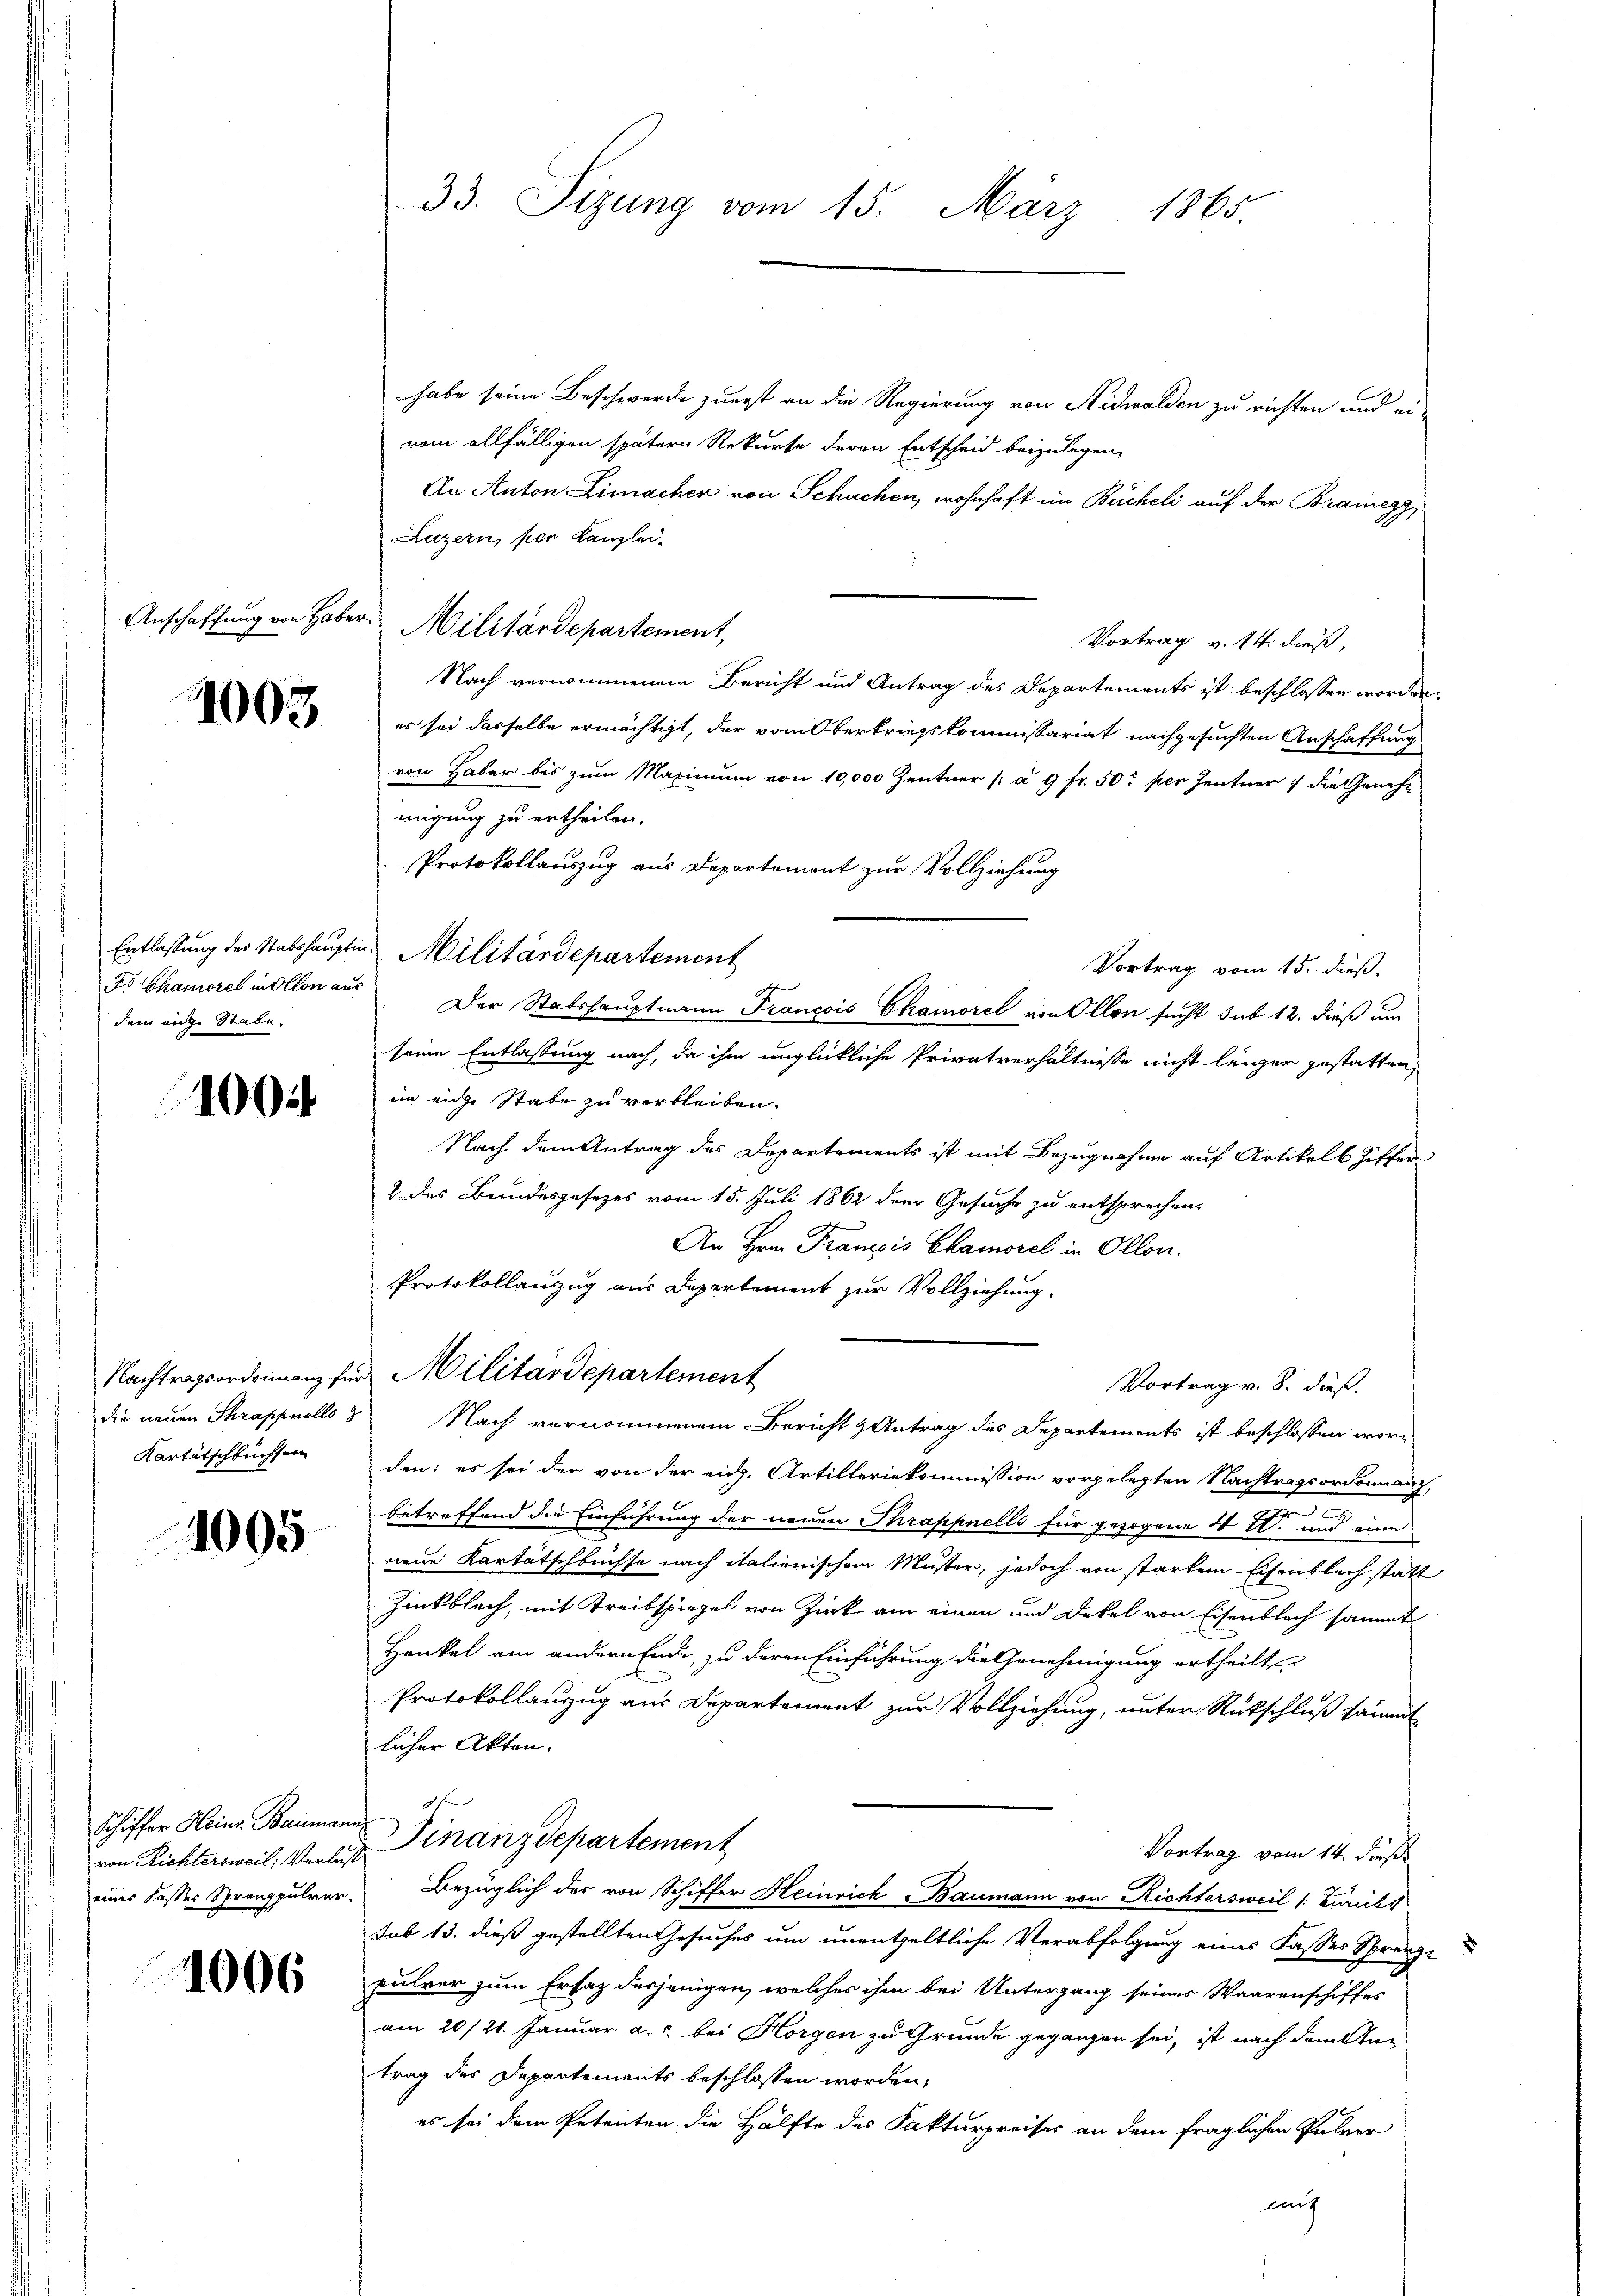
Anschaffung von Haber

1003

Entlassung des Stabshaupte
ds Chamorel in Ollon aus
dem eige Stabe.

100.

die neuen Schrappnells z
Kartitschbuchsen

1005

Schiffer Heine Baumann.
von Richtersweil, Verlust
einer Fasser Sprengpulver.

1006

33. Sizung vom 15. März 1865.

habe seine Beschwerde zuerst an die Regierung von Nidwalden zu richten und ei-
nem allfälligen spätern Rekurse deren Entscheid beizulegen,
An Anton Limacher von Schachen, wohnhaft im Bücheli auf der Brainerz,
Luzern, per Kanzlei-
Militärdepartement,
Vortrag v. 14. dieß,
Nach vernommenem Bericht und Antrag des Departements ist beschlossen worden,
es sei dasselbe ermächtigt, der vom Oberkriegskommissariat nachgesuchten Anschaffung
von Haber bis zum Maximum von 10,000 Zentner [a 9 Fr. 50 per Zentner 7 die Genehmigung zu ertheilen.
Protokollauszug aus Departement zur Vollziehung
Vortrag vom 15. dieß.
seine Entlassung nach, da ihm unglückliche Privatverhältnisse nicht länger gestatten,
im eige Stabe zu verbleiben.
Nach dem Antrag des Departements ist mit Bezugnahme auf Artikels Ziffen
2 des Bundesgesezes vom 15. Juli 1862 dem Gesuche zu entsprechen.
An Hrn. Franzis Chamorel in Ollon.
PProtokollanzug aus Departement zur Vollziehung.
Nachtragsordnung für Militärdepartement
Vortrag v. 8. dieß.
Nach vernommenem Bericht & Antrag des Departements ist beschlossen worden: es sei der von der eidg. Artilleriekommission vorgelegten Nachtragsordonnanz
betreffend die Einführung der neuen Thrafpnells für gezogene 4 l. und eine
neue Kartätschbüchse nach italienischem Muster, jedoch von starkem Eisentlich statt
Zinkblech, mit Treitspiegel von Zick am einen und Dekel von Eisenblich sammt
Henkel am andern Ende, zu deren Einführung die Genehmigung ertheilt
Protokollanzug aus Departement zur Vollziehung, unter Rückschluß sämmt
licher Akten.
Finanzdepartement
Vortrag vom 14. dieß.
Bezüglich der von Schiffer Heinrich Baumann von Richtersweil (: Zaubs
sub 13. dieß gestellten Gesuches um unentgeltliche Verabfolgung eines Fasses Sprengpulver zum Ersatz desjenigen, welches ihm bei Untergang seines Waarenschiffes
am 20/21. Januar a. bei Horgen zu Grunde gegangen sei, ist nach dem An-
trag des Departements beschlossen worden,
es sei dem Petenten die Hälfte des Fakturpreises an dem fraglichen Pulver
mic

u. Militärdepartement

Der Stabshauptmann Francois Chamorel von Ollon sucht sub 12. dieß um